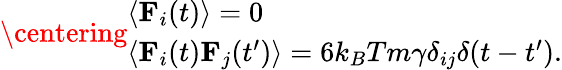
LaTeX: \centering\begin{array}{lr}{\langle\textbf{F}_{i}(t)\rangle=0}\\ {\langle\textbf{F}_{i}(t)\textbf{F}_{j}(t^{\prime})\rangle=6k_{B}Tm\gamma\delta_{ij}\delta(t-t^{\prime}).}\end{array}